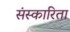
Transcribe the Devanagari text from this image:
संस्कारिता